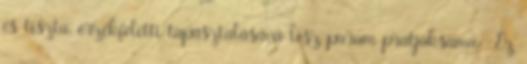
és tiszta, érzékfeletti tapasztalásává lesz param pratjaksama . Ez